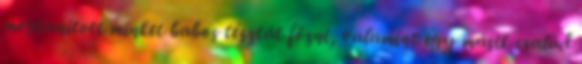
megtanított minket babos tésztát főzni, valamint egy másik család